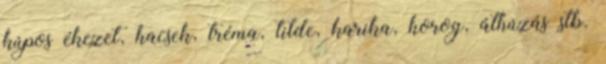
kúpos ékezet, hacsek, tréma, tilde, karika, horog, áthúzás stb.